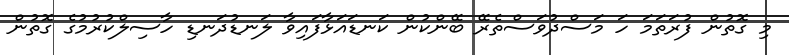
މި ގޮތުން ފުރަތަމަ ހަ މަސްދުވަސްތެރޭ ބޭންކުން ކަނޑައަޅާފައިވާ ލަނޑުދަނޑި ހާސިލްކުރުމުގެ ގޮތުން